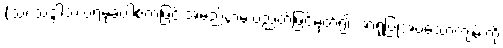
(သ၊ သဒ္ဒါသ် ပရံမုခဝါစကဖြင့် အမည်နာမ ပညတ်ဖြင့်မှတ်၍ အာရုံပြုအပ်သောကျမ်းကို